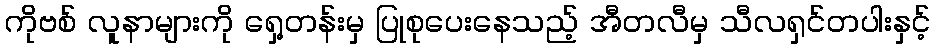
ကိုဗစ် လူနာများကို ရှေ့တန်းမှ ပြုစုပေးနေသည့် အီတလီမှ သီလရှင်တပါးနှင့်